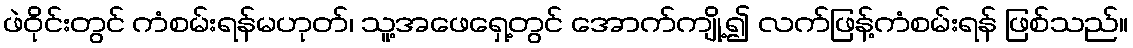
ဖဲဝိုင်းတွင် ကံစမ်းရန်မဟုတ်၊ သူ့အဖေရှေ့တွင် အောက်ကျို့၍ လက်ဖြန့်ကံစမ်းရန် ဖြစ်သည်။